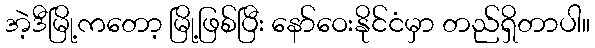
အဲ့ဒီမြို့ကတော့ မြို့ဖြစ်ပြီး နော်ဝေးနိုင်ငံမှာ တည်ရှိတာပါ။